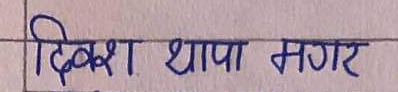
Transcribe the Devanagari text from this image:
दिवश थापा मगर